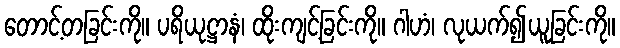
တောင့်တခြင်းကို။ ပရိယုဋ္ဌာနံ၊ ထိုးကျင့်ခြင်းကို။ ဂါဟံ၊ လုယက်၍ယူခြင်းကို။